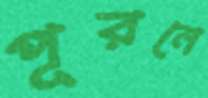
পূরনে